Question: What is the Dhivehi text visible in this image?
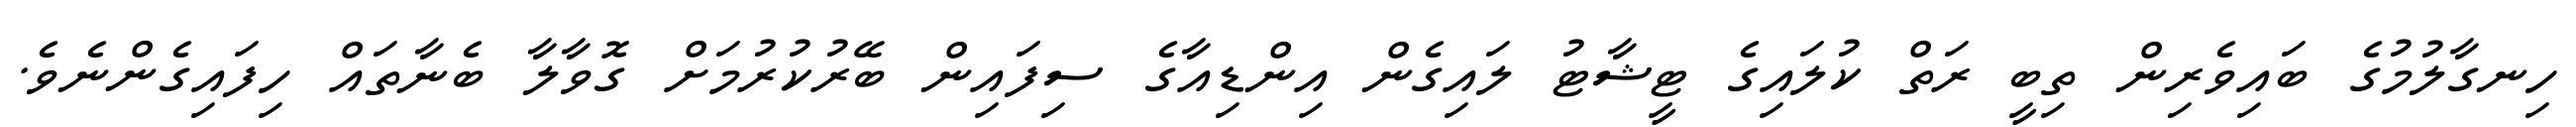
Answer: ހިނގާލުމުގެ ބައިވެރިން ތިބީ ރަތް ކުލައިގެ ޓީޝާޓު ލައިގެން އިންޑިއާގެ ސިފައިން ބޭރުކުރުމަށް ގޮވާލާ ބެނާތައް ހިފައިގެންނެވެ.